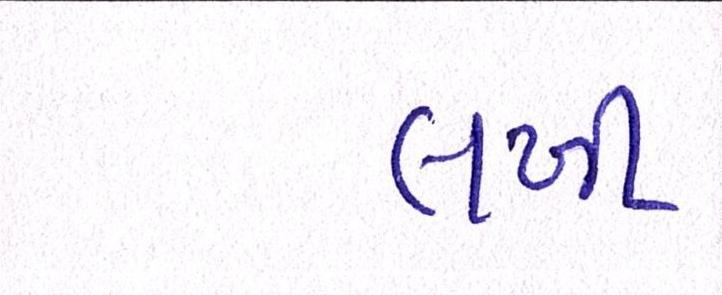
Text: લખી